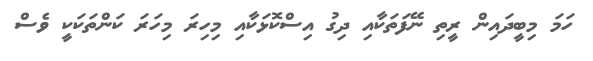
ހަމަ މިބީދައިން ރީތި ނޭފަތަކާއި ދިގު އިސްކޮޅަކާއި މިހިރަ މިހަރަ ކަންތަކަކީ ވެސް